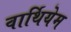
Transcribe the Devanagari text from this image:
वार्थियेम